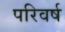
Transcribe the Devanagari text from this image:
परिवर्ष